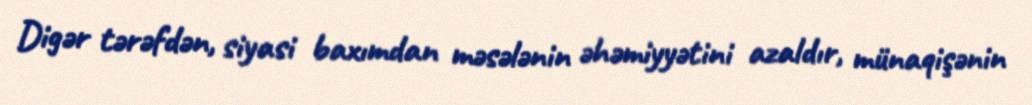
Digər tərəfdən, siyasi baxımdan məsələnin əhəmiyyətini azaldır, münaqişənin